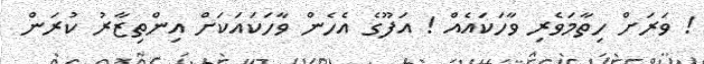
! ވަރަށް ހިތާމަވެރި ވާހަކައެއް ! އަފޫގެ އެހެން ވާހަކައަކަށް އިންތިޒާރު ކުރަން